Annual report on the working of the lock hospitals in the North-Western Provinces and Oudh
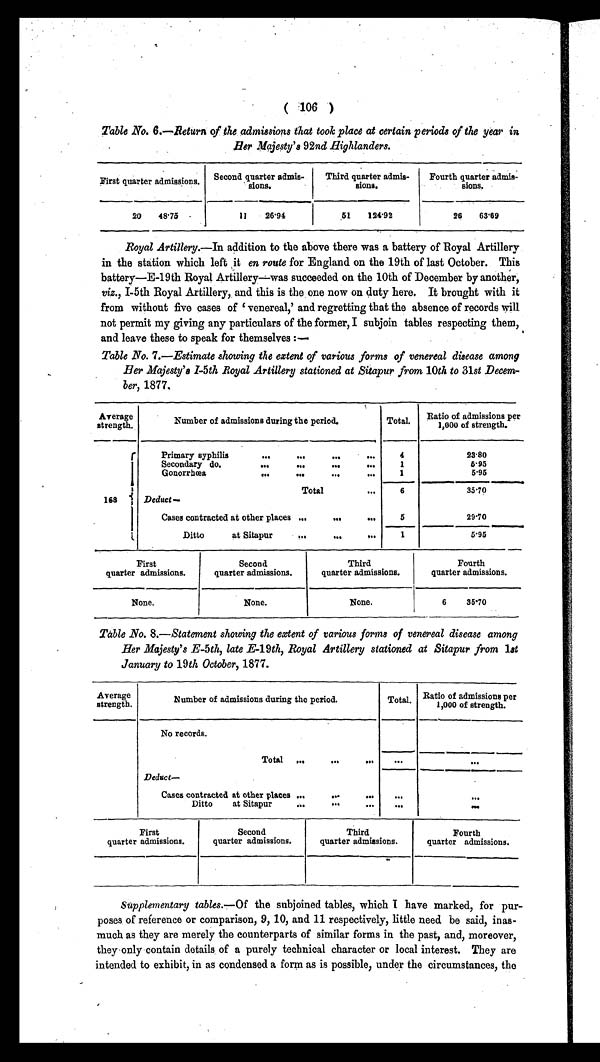
( 106 )
Table No. 6.—Return of the admissions that took place at certain periods of the year in
Her Majesty's 92nd Highlanders.
First quarter admissions Second quarter admis-
sions.
Third quarter admis-
sions.
Fourth quarter admis-
sions.
20 48.75
11 26.94
51 1 2 4 . 9 2
26 63.69
Royal Artillery.—In addition to the above there was a battery of Royal Artillery
in the station which left it en route for England on the 19th of last October. This
battery—E-19th Royal Artillery—was succeeded on the 10th of December by another,
viz., I-5th Royal Artillery, and this is the , one now on duty here. It brought with it
from without five cases of 'venereal,' and regretting that the absence of records will
not permit my giving any particulars of the former, I subjoin tables respecting them,
and leave these to speak for themselves:—
Table No. 7.—Estimate showing the extent of various forms of venereal disease among
Her Majesty's I-5th Royal Artillery stationed at Sitapur from 10th to 31st Decem-
ber, 1877.
Average
strength.
Number of admissions during the period.
Total. Ratio of admissions per
1,000 of strength.
168
Primary syphilis
...
...
...
4
23.80
Secondary do.
...
...
...
1
5.95
Gonorrhœa
...
...
...
1
5.95
Total
...
6
35.70
Deduct
—
Cases contracted at other places ...
...
. . .
5
29.70
Ditto at Sitapur
...
...
...
1
5.95
First
quarter admissions.
Second
quarter admissions.
Third
quarter admissions.
Fourth
quarter admissions.
None.
None.
None.
6
35.70
Table No. 8.—Statement showing the extent of various forms of venereal disease among
Her Majesty's E-5th, late E-19th, Royal Artillery stationed at Sitapur from 1st
January to 19th October, 1877.
Average
strength.
Number of admissions during the period.
Total. Ratio of admissions per
1,000 of strength.
No records.
Total ...
...
. . .
•••
•••
D e d u c t —
Cases contracted at other places ...
...
. . .
. . .
. . .
Ditto at Sitapur
...
...
•••
. . .
...
First
quarter admissions.
Second
quarter admissions.
Third
quarter admissions.
Fourth
quarter admissions.
Supplementary tables.— Of the subjoined tables, which I have marked, for pur-
poses of reference or comparison, 9, 10, and 11 respectively, little need be said, inas-
much as they are merely the counterparts of similar forms in the past, and, moreover,
they only contain details of a purely technical character or local interest. They are
intended to exhibit, in as condensed a form as is possible, under the circumstances, the